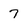
Character: 7